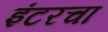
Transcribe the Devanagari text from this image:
इंटरचा